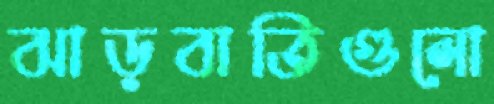
ঝাড়বাতিগুলো